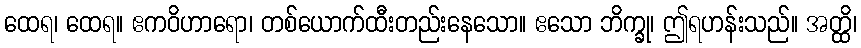
ထေရ၊ ထေရ။ ဧကဝိဟာရော၊ တစ်ယောက်ထီးတည်းနေသော။ ဧသော ဘိက္ခု၊ ဤရဟန်းသည်။ အတ္ထိ၊